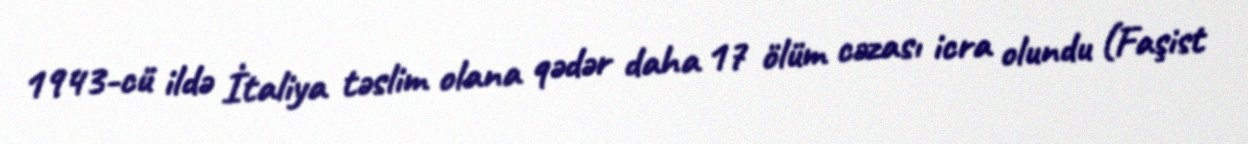
1943-cü ildə İtaliya təslim olana qədər daha 17 ölüm cəzası icra olundu (Faşist